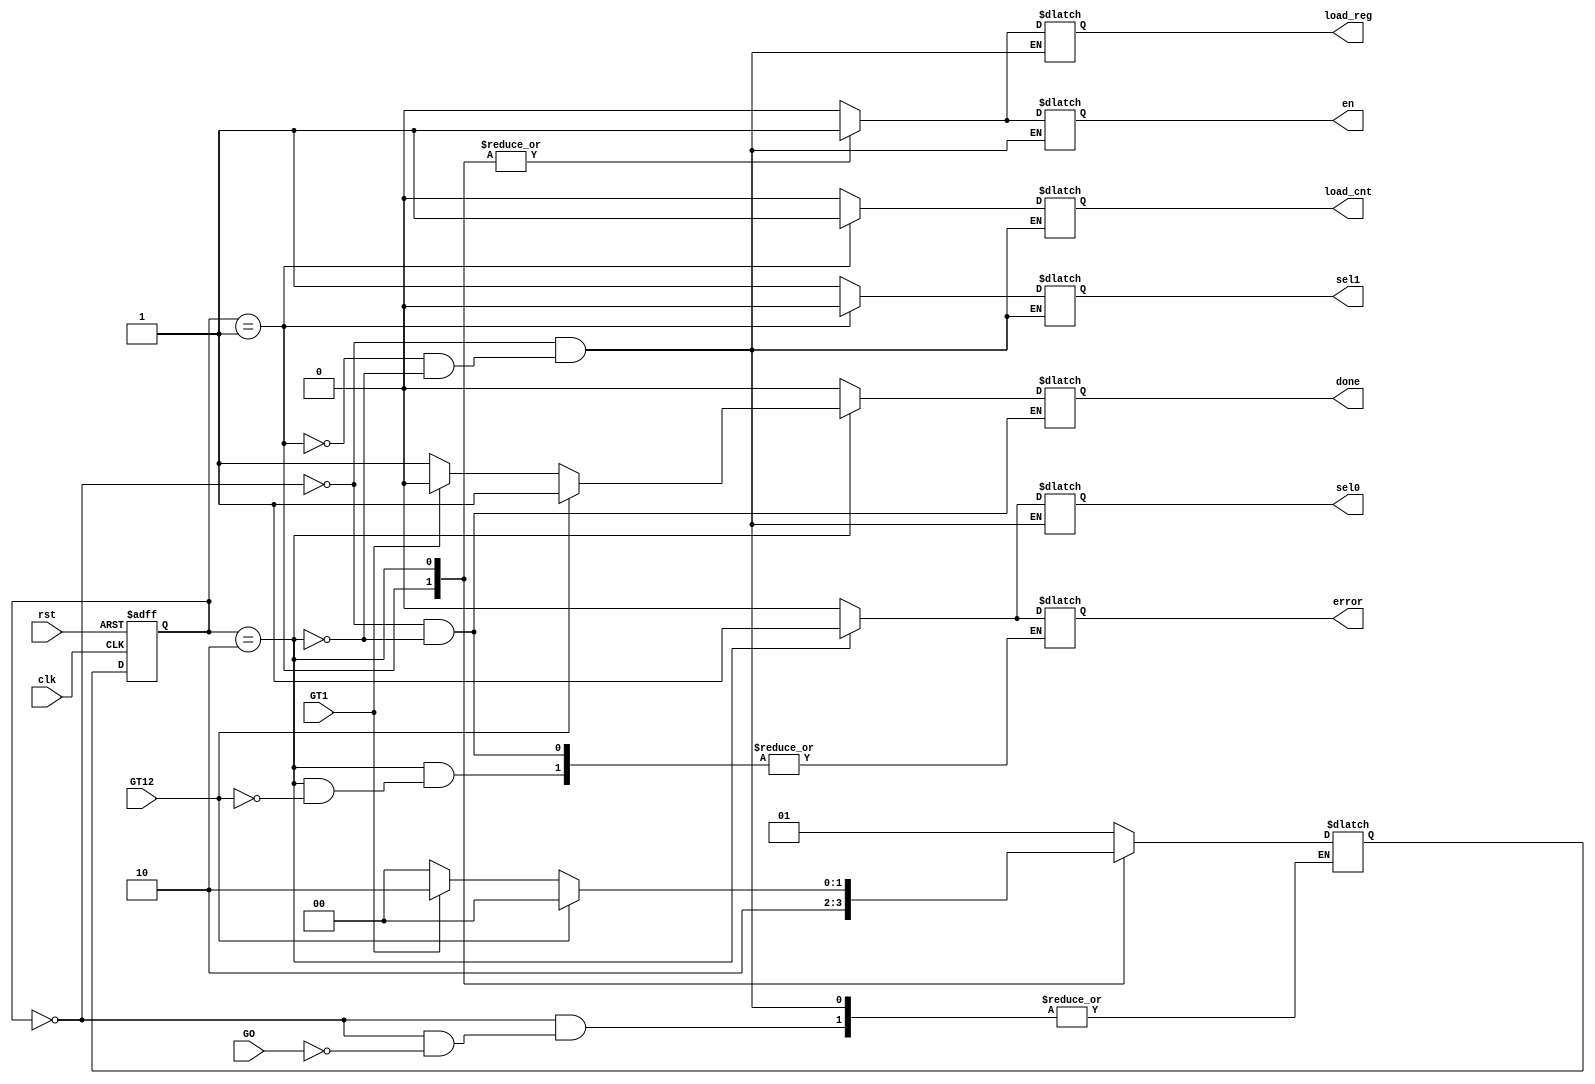
module CU(
input GO, GT1, GT12, clk, rst,
output reg en, load_cnt, load_reg, sel0, sel1, done, error
);

reg [1:0] state, next_state;

initial begin
    next_state = 0;
    done = 0;
    error = 0;
end

always @(posedge clk, posedge rst) begin
    if (rst == 1) begin
        state <= 0;
    end
    else begin
        state <= next_state;
    end
end

always @(state, GT1, GT12, GO) begin
case(state)
    0: begin
        done = 0;
        error = 0;
        if (GO == 1) begin
            next_state = 1;
            //error = 0;
        end
    end
    1: begin
        next_state = 2;
    end
    2: begin
        if (GT12 == 1) begin
            done = 1;
            error = 1;
            next_state = 0;
        end
        else if (GT1 == 1) begin
            done = 0;
            next_state = 2;
        end
        else begin
            done = 1;
            next_state = 0;
        end

    end
endcase
end

always @(state) begin

case(state)
    0: begin
       en = 0;
       load_cnt = 0;
       load_reg = 0;
       sel0 = 0;
       sel1 = 1;
    end
    1: begin
        en = 1;
        load_cnt = 1;
        load_reg = 1;
        sel0 = 0;
        sel1 = 0;
    end
    2: begin
        load_cnt = 0;
        en = 1;
        load_reg = 1;
        sel0 = 1;
        sel1 = 1;
    end
endcase
end

endmodule